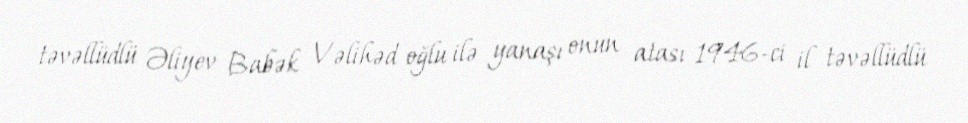
təvəllüdlü Əliyev Babək Vəlihəd oğlu ilə yanaşı onun atası 1946-ci il təvəllüdlü